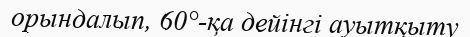
орындалып, 60°-қа дейінгі ауытқыту